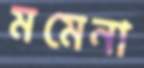
মমেনা